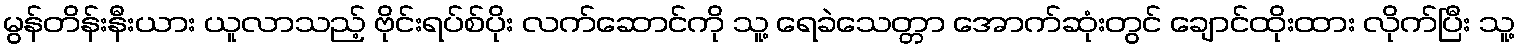
မွန်တိန်းနီးယား ယူလာသည့် ဗိုင်းရပ်စ်ပိုး လက်ဆောင်ကို သူ့ ရေခဲသေတ္တာ အောက်ဆုံးတွင် ချောင်ထိုးထား လိုက်ပြီး သူ့